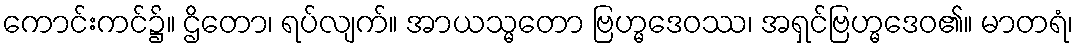
ကောင်းကင်၌။ ဌိတော၊ ရပ်လျက်။ အာယသ္မတော ဗြဟ္မဒေဝဿ၊ အရှင်ဗြဟ္မဒေဝ၏။ မာတရံ၊